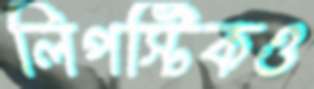
লিপস্টিকও